Holstre_vallavalitsus, lk 19
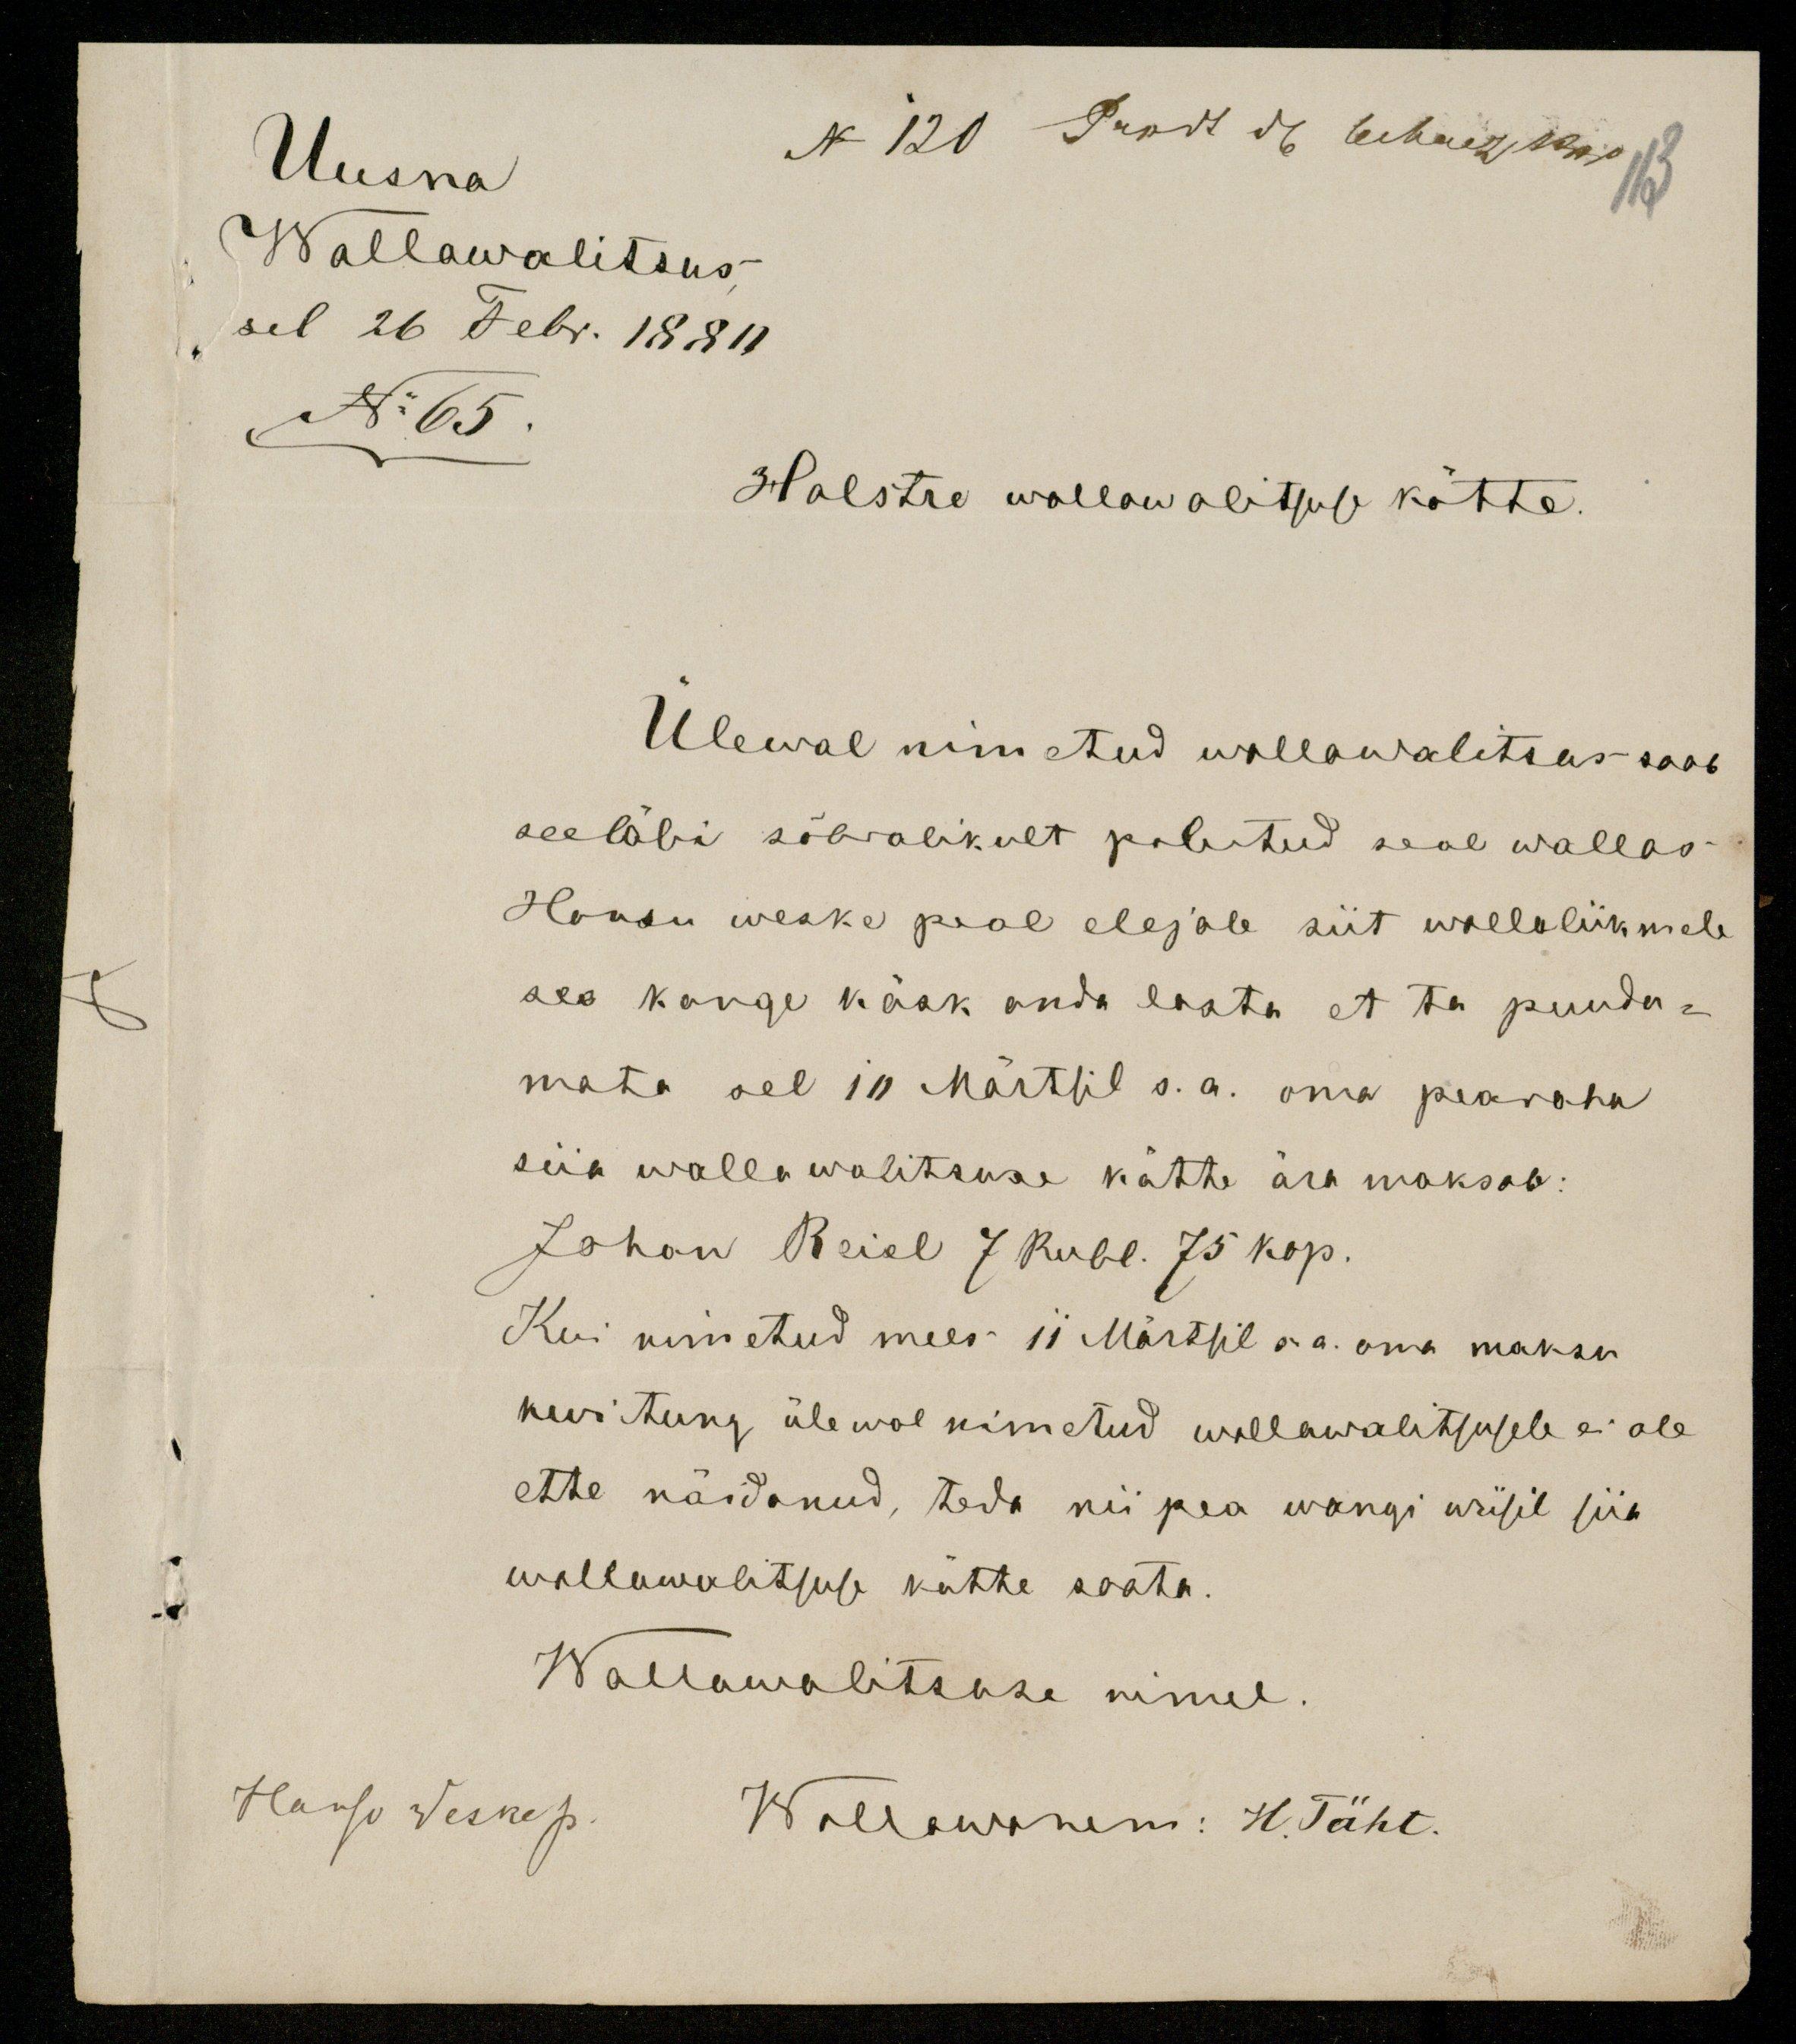
Uusna
N 120 Prodt d. 6 Maerz 1880 113
Wallawalitsus
sel 26 Febr. 1880
No 65.
Holstre wallawalitsuse kätte.
Ülewal nimetud wallawalitsus saab
seeläbi sõbralikult palutud seal wallas
Hansu weske peal olejale siit wallaliikmele
see kange käsk anda lasta et ta puudu-
mata sel 10 Märtsil s.a. oma pearaha
siia walla walitsuse kätte ära maksab:
Johan Reiel 7 Rubl. 75 kop.
Kui nimetud mees 11 Märtsil s.a. oma maksu
kwitung ülewal nimetud wallawalitsusele ei ole
ette näidanud, teda nii pea wangi wiisil siia
wallawalitsuse kätte saata.
Wallawalitsuse nimel.
Hanso Weskep
Wallawanem: H. Täht.